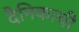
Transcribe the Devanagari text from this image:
दैनिकाची